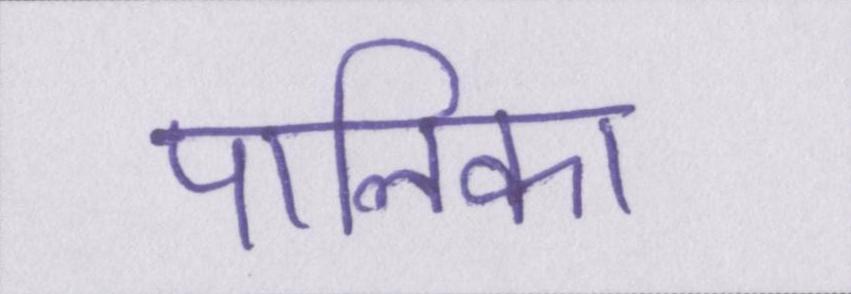
पालिका